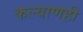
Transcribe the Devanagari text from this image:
कल्याणही